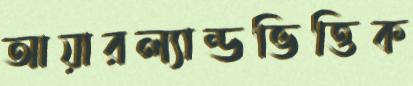
আয়ারল্যান্ডভিত্তিক